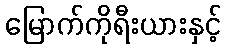
မြောက်ကိုရီးယားနှင့်